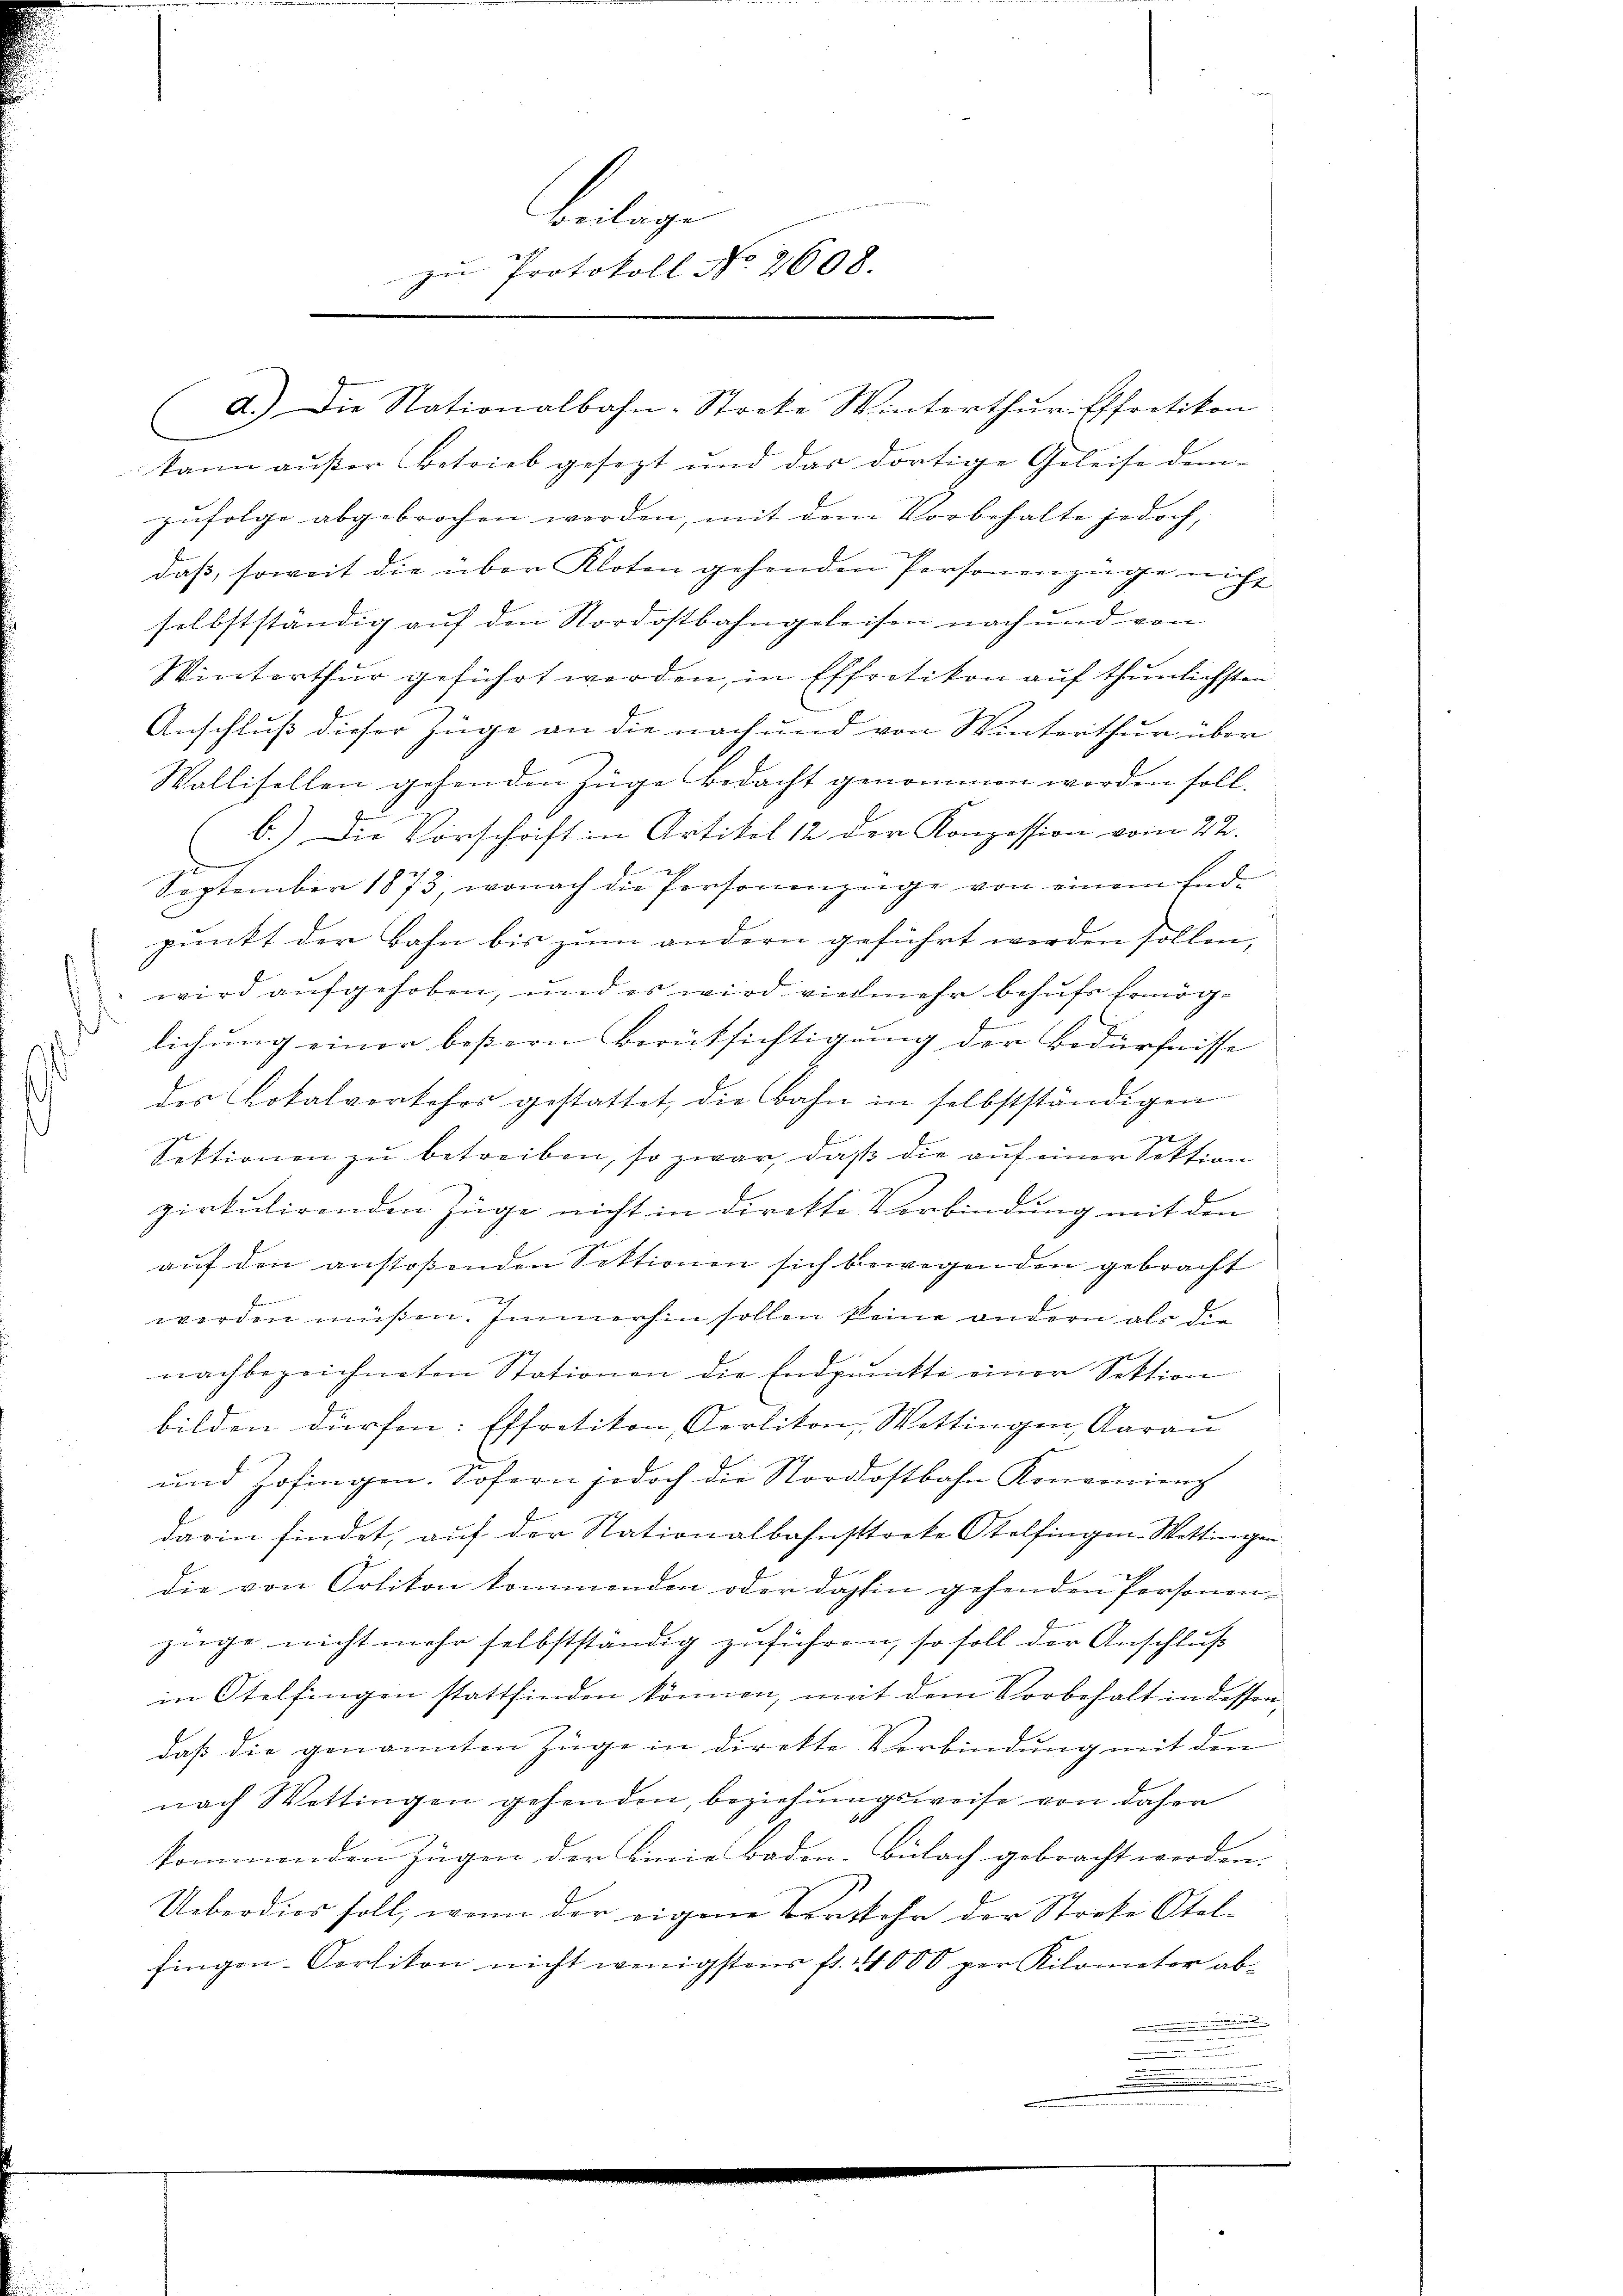
zufolge abgebrochen werden, mit dem Vorbehalte jedoch,
Anschluß dieser Züge an die nach und von Winterthur über
Wallisellen gehenden Züge Bedacht genommen worden soll.
b.) Die Vorschrift in Artikel 12 der Konzession vom 22.
2
September 1873, wonach die Personenzüge von einem End-
punkt der Bahn bis zum andern geführt worden sollen,
wird aufgehoben, und es wird vielmehr behufs Ermöglichung einer bestern Berücksichtigung der Bedürfnisse
des Lokalverkehrs gestattet, die Bahn in selbstständigen
72
Sektionen zu betreiben, so zwar, daß die auf einer Sektion
E
zirkulirenden Züge nicht in direkte Verbindung mit den
auf den anstoßenden Sektionen sich bewegenden gebracht
e
f
werden müßen. Immerhin sollen keine andern als die
nachbezeichneten Stationen die Endpunkte einer Sektion
bilden dürfen: Effretikon, Oerliton, Wettingen, Aarau
und Zofingen. Sofern jedoch die Nordostbahn Konvenienz
darin findet, auf der Nationalbahnsttreke Otelfingen Wettingen
die von Orlikon kommenden oder dahin gehenden Personen-
züge nicht mehr selbstständig zuführen, so soll der Anschluß
in Otelfingen stattfinden können, mit dem Vorbehalt indessen,
daß die genannten Züge in direkte Verbindung mit den
nach Wettingen gehenden, beziehungsweise von daher
kommenden Zügen der Linie Baden-Bülach gebracht werden.
Ueberdies soll, wenn der eigene Vorkehr der Stocke Otel-
fingen. Oerlikon nicht wenigstens fr. 11000 per Kilometer ab¬
.
.
.
.

Folge
zŭ Protokoll No 2608.

d.) Die Nationalbahn-Stocke Winterthŭr Effretikon

kann aŭβer Betrieb gesezt und das dortige Geleise dem-
daß, soweit die über Kloten gehenden Personenzüge nicht
selbstständig auf den Nordostbahngeleisen nach und von
Winterthur geführt werden, in Effretikon auf thunlichsten